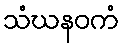
သံဃနဝကံ